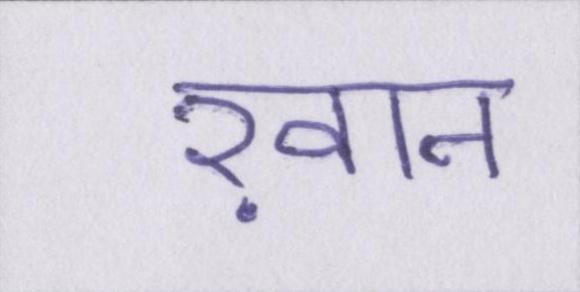
ख़ान